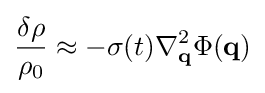
{\frac {\delta \rho }{\rho _{0}}}\approx -\sigma (t)\nabla _{\mathbf {q} }^{2}\Phi (\mathbf {q} )